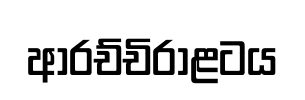
ආරච්චිරාළටය